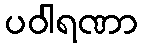
ပဝါရဏာ